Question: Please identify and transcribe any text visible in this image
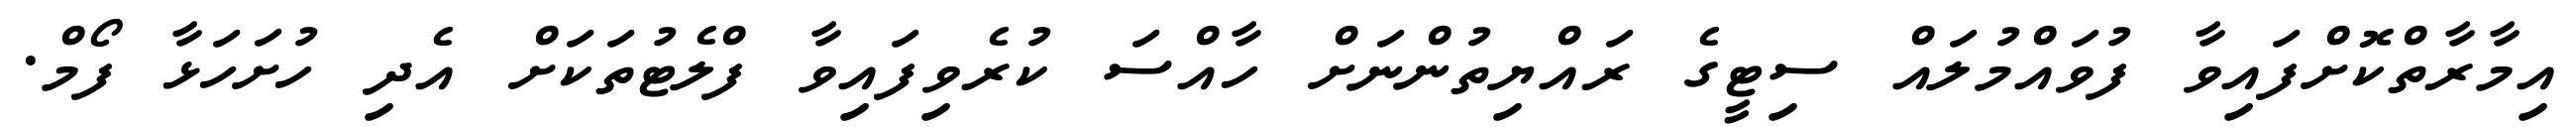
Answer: އިމާރާތްކޮށްފައިވާ ފުވައްމުލައް ސިޓީގެ ރައްޔިތުންނަށް ހާއްސަ ކުރެވިފައިވާ ފްލެޓުތަކަށް އެދި ހުށަހަޅާ ފޯމް.